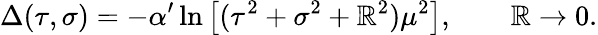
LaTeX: \Delta(\tau,\sigma)=-\alpha^{\prime}\ln\left[(\tau^{2}+\sigma^{2}+\mathbb{R}^{2})\mu^{2}\right],\qquad\mathbb{R}\rightarrow0.